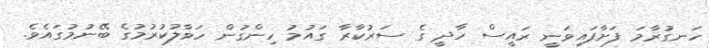
ހަނގުރާމަ ފަށާފައިވަނީ ރައީސް ހާދީ ގެ ސަރުކާރާ ގައުމު ހިންގުން ހަވާލުކުރުމުގެ ބޭނުމުގައެވެ.